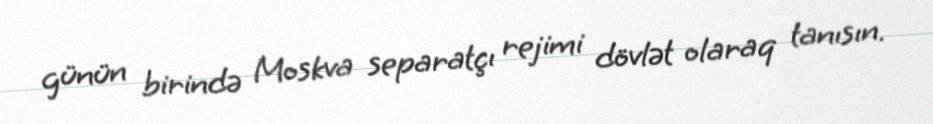
günün birində Moskva separatçı rejimi dövlət olaraq tanısın.